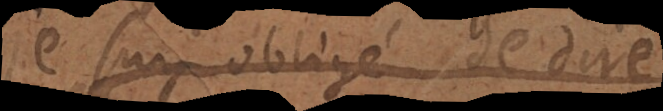
je suis obligé de dire,